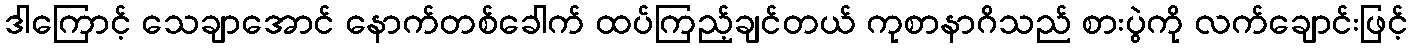
ဒါကြောင့် သေချာအောင် နောက်တစ်ခေါက် ထပ်ကြည့်ချင်တယ် ကုစာနာဂိသည် စားပွဲကို လက်ချောင်းဖြင့်